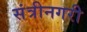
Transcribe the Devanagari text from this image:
संत्रीनगरी